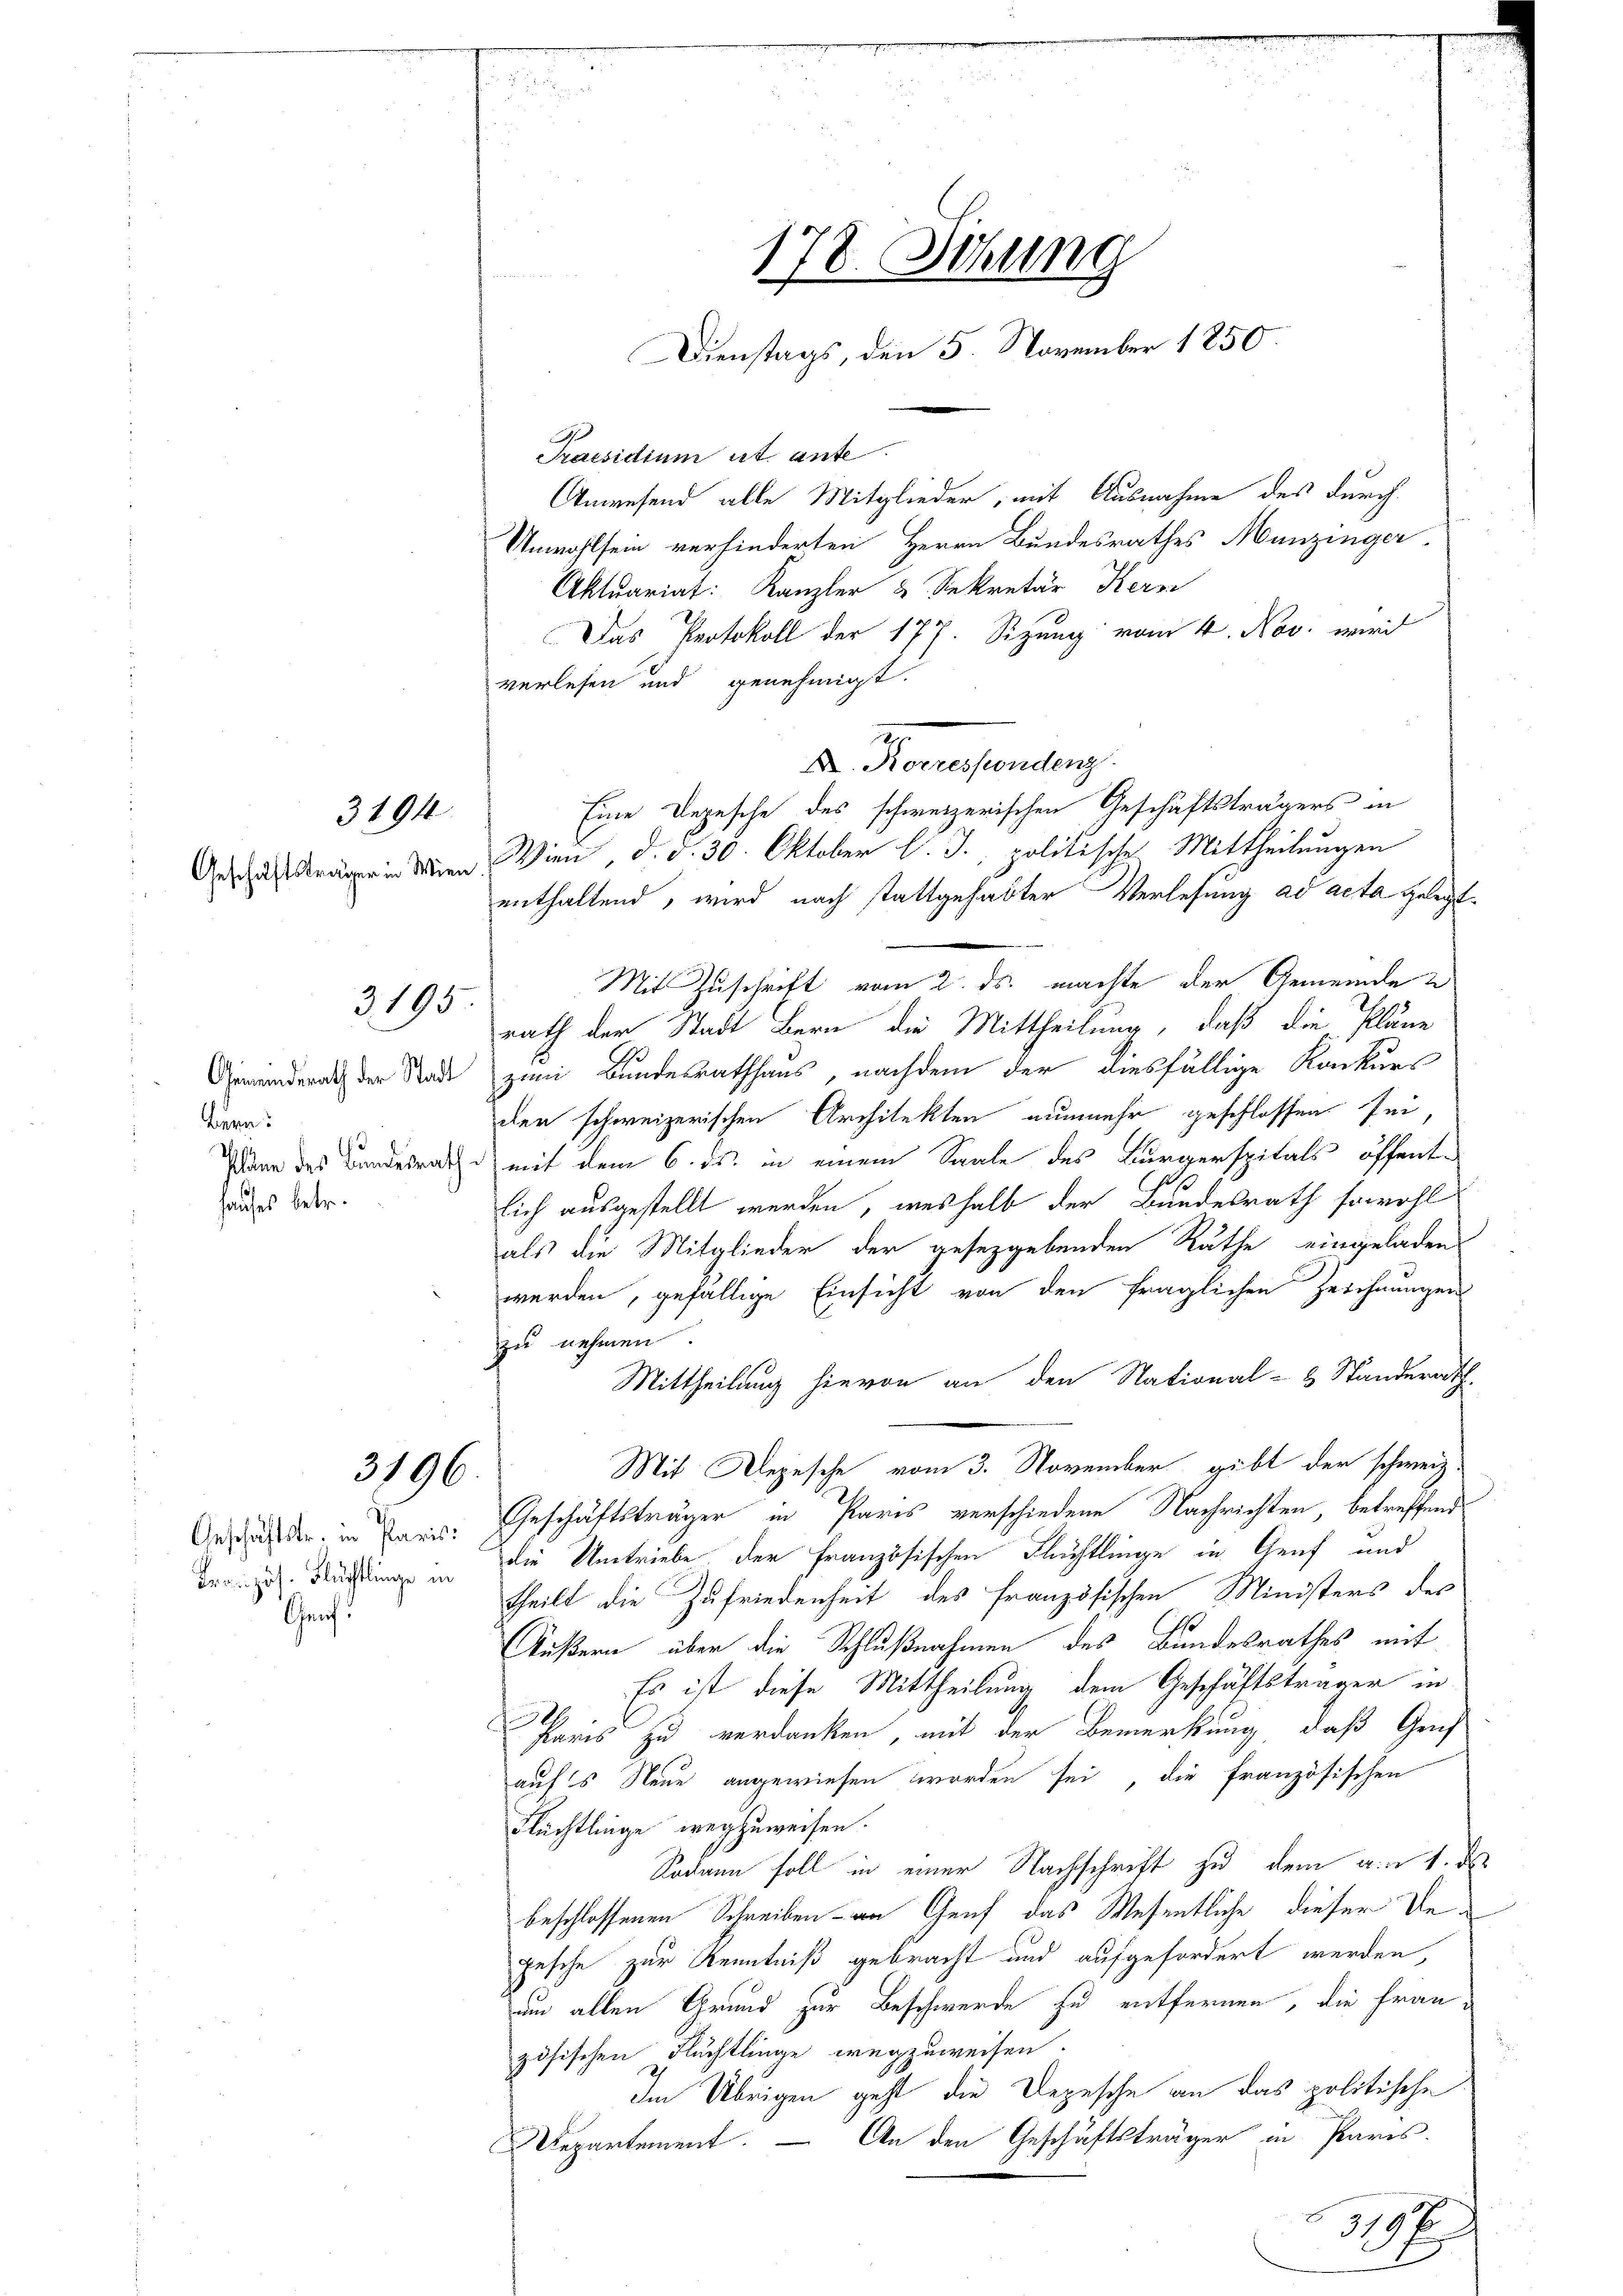
3194
Geschäftsträger in Wien.

Bern.
hauses betr.

3195

3196.

Genf.

2

Praesidium ist ante
Anwesend alle Mitglieder, mit Ausnahme des durch¬
Unwohlsein verhinderten Herrn Bundesrathes Munzinger
Aktuariat: Kanzler & Sekretär Kern
Das Protokoll der 177. Sizung vom 4. Nov. wird
verlesen und genehmigt.
A. Korrespondenz
Eine Depesche des schweizerischen Geschäftsträgers in
Wien, d. d. 30. Oktober l. J., politische Mittheilungen
enthaltend, wird nach stattgehabter Verlesung ad acta gelegt
Mit Zuschrift vom 2. ds. machte der Gemeinde
rath der Stadt Bern die Mittheilung, daß die Pläne
Gewanderath der Stade zum Bundesrathhaus, nachdem der diesfällige Konkurs
den schweizerischen Architekten nunmehr geschlossen sei
Plane des Landesrathe mit dem 6. ds. in einem Saale des Bürgerspitals öffentsich ausgestellt werden, weshalb der Bundesrath sowohl
als die Mitglieder der gesezgebenden Räthe eingeladen
werden, gefällige Einsicht von den fraglichen Zeichnungen
zu nehmen.
Mittheilung hievon an den National- & Standerath,
Mit Depesche vom 3. November gibt der schweiz.
Anschenden in Baue Geschäftsträger in Paris verschiedene Nachrichten, betreffend
dr zu Nachtung in die Umtriebe der Französischen Flüchtlinge in Genf und
theilt die Zufriedenheit des französischen Ministers des
Äußern aber die Schlußnahmen des Bundesrathes mit
Es ist diese Mittheilung dem Geschäftsträger in
90
Paris zu verdanken, mit der Bemerkung, daß Grif
auf’s Neue angewiesen worden sei die französischen
Flüchtlinge wegzuweisen.
Sodann soll in einer Nachschrift zu dem ain 1. ds
beschlossenen Schreiben - an Genf das Wesentliche dieser Vegesche zur Kenntniß gebracht und aufgefordert werden,
um allen Grund zur Beschwerde zu entfernen, die Französischen Flüchtlinge wegzuweisen.
Im Übrigen geht die Depesche an das politische
Uepartement. — An den Geschäftsträger in Paris.
x
3198

178. Sitzung
Dienstags, den 5. November 1850

1